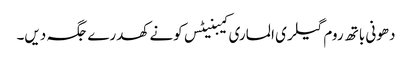
دھونی باتھ روم گیلری الماری کیبنیٹس کونے کھدرے جگہ دیں۔